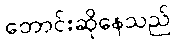
တောင်းဆိုနေသည်